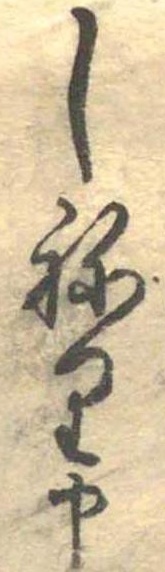
しねり申